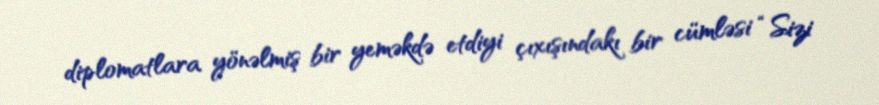
diplomatlara yönəlmiş bir yeməkdə etdiyi çıxışındakı bir cümləsi “Sizi